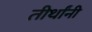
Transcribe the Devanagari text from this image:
तीर्थांनी